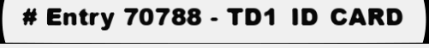
# Entry 70788 - TD1_ID_CARD